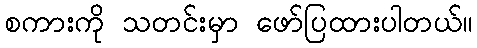
စကားကို သတင်းမှာ ဖော်ပြထားပါတယ်။